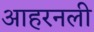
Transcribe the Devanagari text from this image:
आहरनली